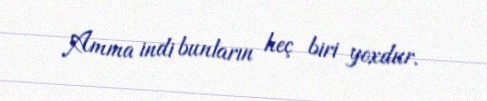
Amma indi bunların heç biri yoxdur.